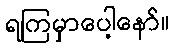
ရကြမှာပေါ့နော်။